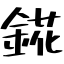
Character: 錵